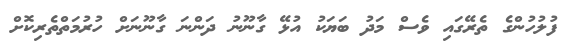
ފުލުހުންގެ ތެރޭގައި ވެސް މަދު ބަޔަކު އުޅޭ ގާނޫނު ދަންނަ ގާނޫނަށް ހުރުމަތްތެރިކޮށް